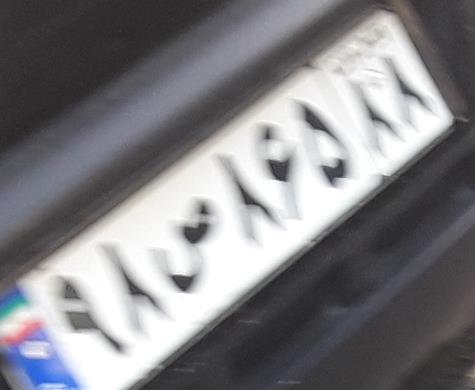
۹۸ص۸۶۵۸۸